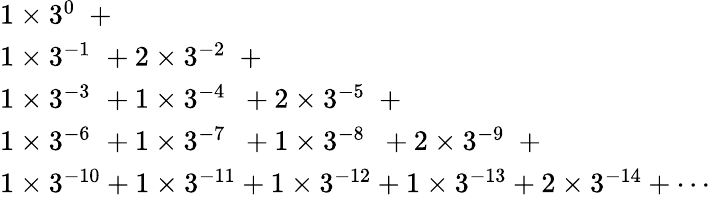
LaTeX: {\begin{array}{l}{1\times 3^{0\, \, \, }+}\\ {1\times 3^{-1\, \, }+2\times 3^{-2\, \, \, }+}\\ {1\times 3^{-3\, \, }+1\times 3^{-4\, \, \, }+2\times 3^{-5\, \, \, }+}\\ {1\times 3^{-6\, \, }+1\times 3^{-7\, \, \, }+1\times 3^{-8\, \, \, }+2\times 3^{-9\, \, \, }+}\\ {1\times 3^{-10}+1\times 3^{-11}+1\times 3^{-12}+1\times 3^{-13}+2\times 3^{-14}+\cdots}\end{array}}